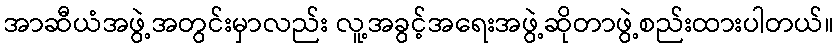
အာဆီယံအဖွဲ့အတွင်းမှာလည်း လူ့အခွင့်အရေးအဖွဲ့ဆိုတာဖွဲ့စည်းထားပါတယ်။